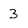
Character: 3